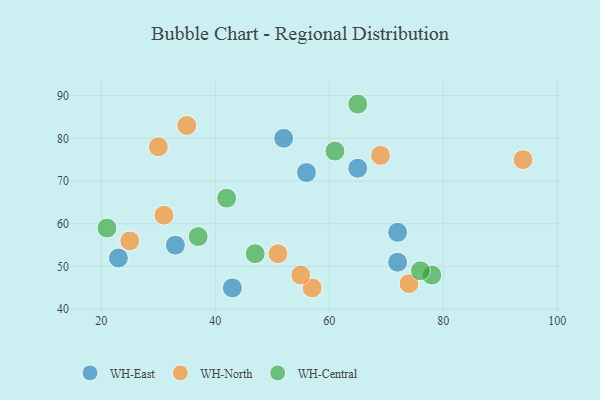
{"axis": {"x": "GDP", "y": "Life Expectancy"}, "legend": ["WH-Central", "WH-East", "WH-North"], "data": [{"x": "43", "y": 45, "type": "WH-East"}, {"x": "65", "y": 73, "type": "WH-East"}, {"x": "56", "y": 72, "type": "WH-East"}, {"x": "23", "y": 52, "type": "WH-East"}, {"x": "72", "y": 51, "type": "WH-East"}, {"x": "52", "y": 80, "type": "WH-East"}, {"x": "72", "y": 58, "type": "WH-East"}, {"x": "33", "y": 55, "type": "WH-East"}, {"x": "31", "y": 62, "type": "WH-North"}, {"x": "74", "y": 46, "type": "WH-North"}, {"x": "51", "y": 53, "type": "WH-North"}, {"x": "57", "y": 45, "type": "WH-North"}, {"x": "55", "y": 48, "type": "WH-North"}, {"x": "69", "y": 76, "type": "WH-North"}, {"x": "35", "y": 83, "type": "WH-North"}, {"x": "94", "y": 75, "type": "WH-North"}, {"x": "30", "y": 78, "type": "WH-North"}, {"x": "25", "y": 56, "type": "WH-North"}, {"x": "78", "y": 48, "type": "WH-Central"}, {"x": "61", "y": 77, "type": "WH-Central"}, {"x": "47", "y": 53, "type": "WH-Central"}, {"x": "21", "y": 59, "type": "WH-Central"}, {"x": "42", "y": 66, "type": "WH-Central"}, {"x": "76", "y": 49, "type": "WH-Central"}, {"x": "65", "y": 88, "type": "WH-Central"}, {"x": "37", "y": 57, "type": "WH-Central"}]}